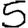
Digit: 5